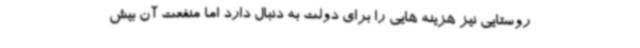
روستایی نیز هزینه هایی را برای دولت به دنبال دارد اما منفعت آن بیش